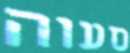
סעוה